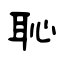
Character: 恥